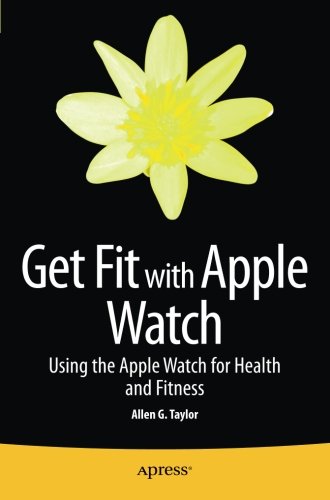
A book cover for Get Fit with Apple Watch: Using the Apple Watch for Health and Fitness; Allen Taylor; Computers & Technology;